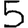
Digit: 5